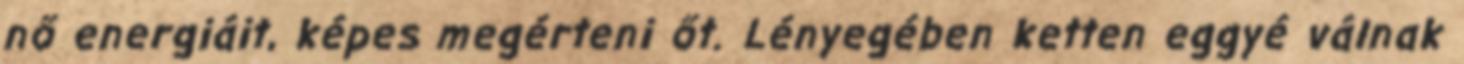
nő energiáit, képes megérteni őt. Lényegében ketten eggyé válnak